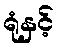
ရုံနှင့်